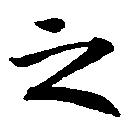
之